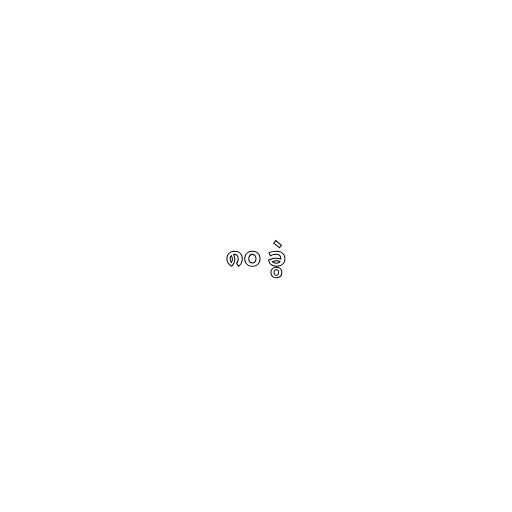
၈၀ ခွဲ